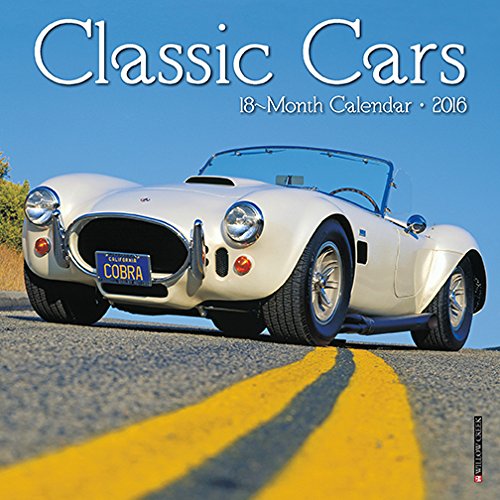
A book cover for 2016 Classic Cars Mini Wall Calendar; Willow Creek Press; Calendars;